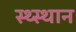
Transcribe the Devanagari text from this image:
स्‍थ्‍स्थान